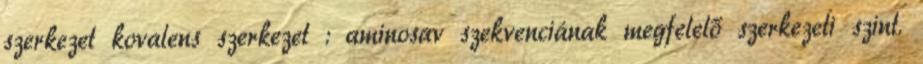
szerkezet kovalens szerkezet : aminosav szekvenciának megfelelő szerkezeti szint.